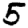
Digit: 5